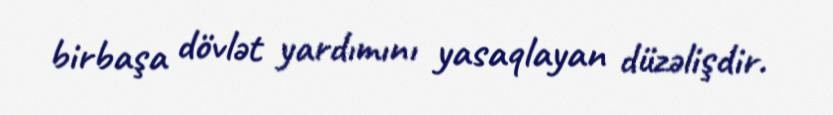
birbaşa dövlət yardımını yasaqlayan düzəlişdir.